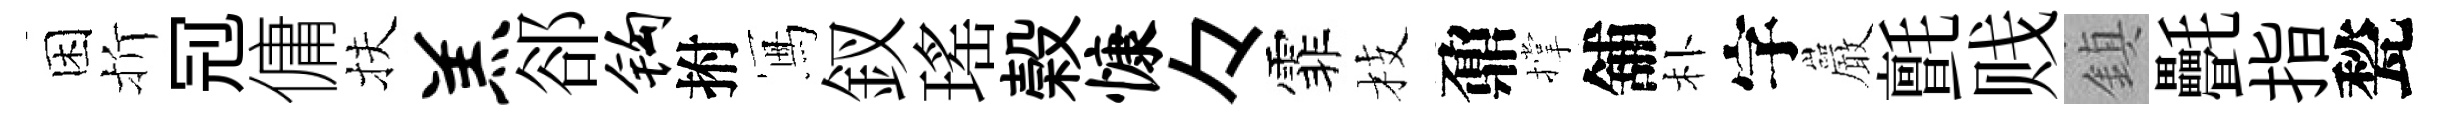
困折𠜍傭扶羔郤钩拊冩釵瑤榖慷々霏枝鼐撑舖朴字巖氈贱鎮㲲指甃